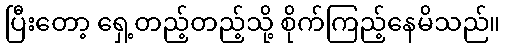
ပြီးတော့ ရှေ့တည့်တည့်သို့ စိုက်ကြည့်နေမိသည်။